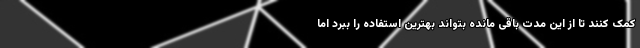
کمک کنند تا از این مدت باقی مانده بتواند بهترین استفاده را ببرد اما